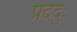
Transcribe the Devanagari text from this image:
प्रददुः